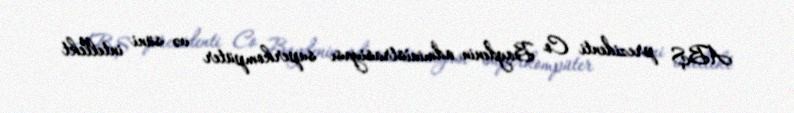
ABŞ prezidenti Co Baydenin administrasiyası superkompüter və süni intellekt